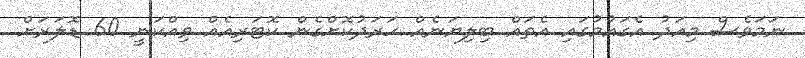
ނަމަވެސް މިއަދު އެގައުމުގައި އެތައް ބިލިޔަނެއް ހަރަދުކޮށްގެން ކޮޓަރިއެއް ވިއްކަނީ 60 ޑޮލަރަށް